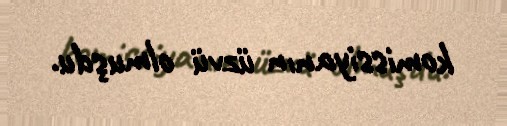
komissiyanın üzvü olmuşdu.